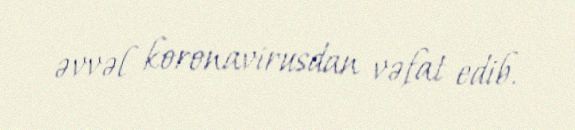
əvvəl koronavirusdan vəfat edib.